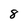
Character: 8